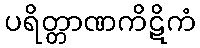
ပရိတ္တာဏကိဋိကံ